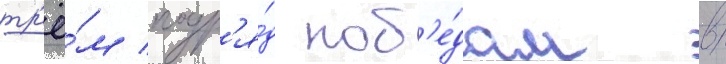
тр'ё́м подр'я́д поб'е́дам в